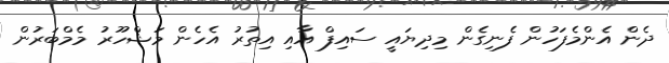
ދެން އެންމެފަހުން ފެނިގެން މިދިޔައީ ސައިފް އާއި އިތުރު އެހެން މަޝްހޫރު މެމްބަރުން